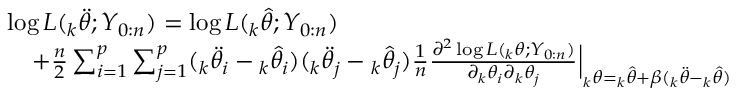
\begin{array} { r l } & { \log L ( { _ k \ddot { \theta } } ; Y _ { 0 : n } ) = \log L ( { _ k \hat { \theta } } ; Y _ { 0 : n } ) } \\ & { \quad + \frac { n } { 2 } \sum _ { i = 1 } ^ { p } \sum _ { j = 1 } ^ { p } ( { _ k \ddot { \theta } _ { i } } - { _ k \hat { \theta } _ { i } } ) ( { _ k \ddot { \theta } _ { j } } - { _ k \hat { \theta } _ { j } } ) \frac { 1 } { n } \frac { \partial ^ { 2 } \log L ( { _ k \theta } ; Y _ { 0 : n } ) } { \partial { _ k \theta _ { i } } \partial { _ k \theta _ { j } } } { \Big | } _ { { _ k \theta } = { _ k \hat { \theta } } + \beta ( { _ k \ddot { \theta } } - { _ k \hat { \theta } } ) } } \end{array}